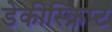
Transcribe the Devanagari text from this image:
डेकीस्क्रिप्ट